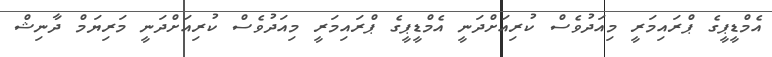
އެމްޑީޕީގެ ޕްރައިމަރީ މިއަދުވެސް ކުރިއަށްދަނީ އެމްޑީޕީގެ ޕްރައިމަރީ މިއަދުވެސް ކުރިއަށްދަނީ މަރިޔަމް ދާނިޝް